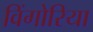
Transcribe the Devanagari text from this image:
विंगोरिया